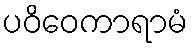
ပဝိဝေကာရာမံ